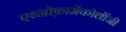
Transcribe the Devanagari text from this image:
एथ्नोफ़ार्मेकोलॉजी